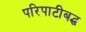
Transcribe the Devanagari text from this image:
परिपाटीबद्ध